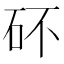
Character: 𥐴